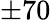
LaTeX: \pm 70